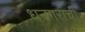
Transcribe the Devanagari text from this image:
धनगरांची